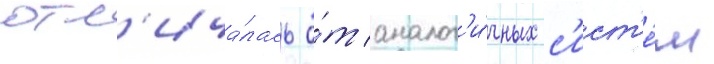
отл'ича́лась о́т аналог'и́чных с'ист'е́м